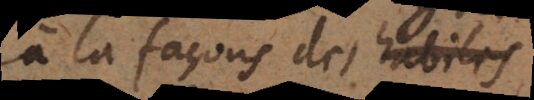
à la façon des habiles